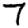
Digit: 7